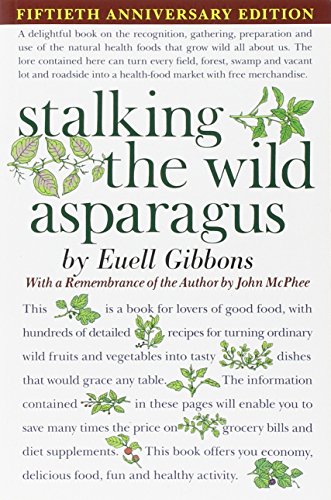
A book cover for Stalking The Wild Asparagus; Euell Gibbons; Crafts, Hobbies & Home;